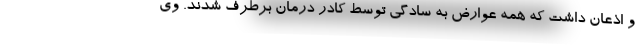
و اذعان داشت که همه عوارض به سادگی توسط کادر درمان برطرف شدند. وی